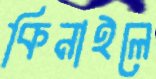
কিনাইলে